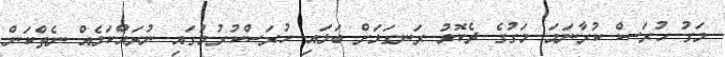
މަގު ހުރަސް ކުރާނަމަ މަގުގެ ދެކޮޅު ރަނގަޅަށް ބަލައި ހުރަސްކުރުމުގައި ނުރައްކަލެއް ނެތްކަން